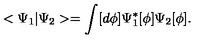
< \Psi _ { 1 } | \Psi _ { 2 } > = \int [ d \phi ] \Psi _ { 1 } ^ { * } [ \phi ] \Psi _ { 2 } [ \phi ] .